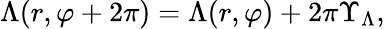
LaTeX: \Lambda(r,\varphi+2\pi)=\Lambda(r,\varphi)+2\pi\Upsilon_{\Lambda},